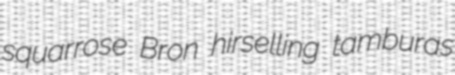
squarrose Bron hirselling tamburas